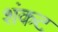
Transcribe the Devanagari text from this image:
शंकट